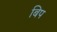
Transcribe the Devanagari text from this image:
बिप